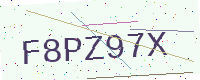
Text: F8PZ97X